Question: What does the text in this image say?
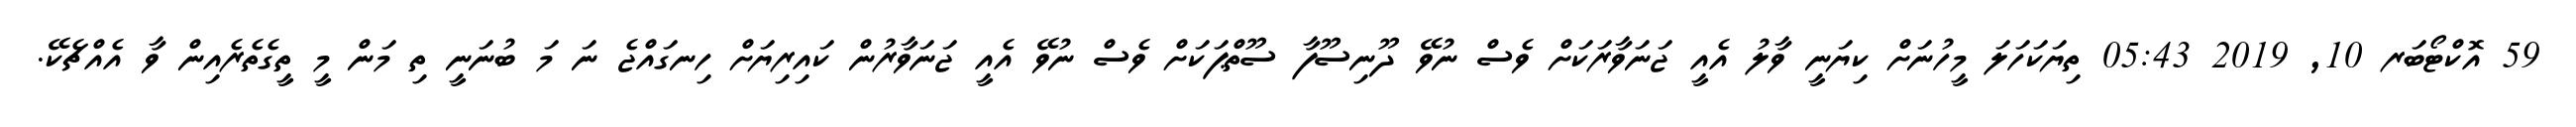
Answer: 59 އޮކްޓޯބަރ 10, 2019 05:43 ތިޔަކަހަލަ މީހުނަށް ކިޔަނީ ވާލު އެއީ ޖަނަވާރަކަށް ވެސް ނުވޭ ދޫނިސޫފާ ސޫތްޕަކަށް ވެސް ނުވޭ އެއީ ޖަނަވާރުން ކައިރިޔަށް ހިނގައްޖެ ނަ މަ ބުނަނީ ތި މަން މީ ތީގެތެރެއިން ވާ އެއްޗެކޭ.